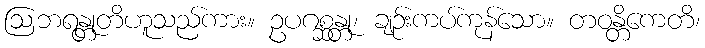
ဩဘရန္တုတိဟူသည်ကား။ ဥပဂစ္ဆန္တု၊ ချဉ်းကပ်ကုန်သော။ တဝန္တိကေတိ၊